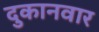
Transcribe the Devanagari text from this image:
दुकानवार